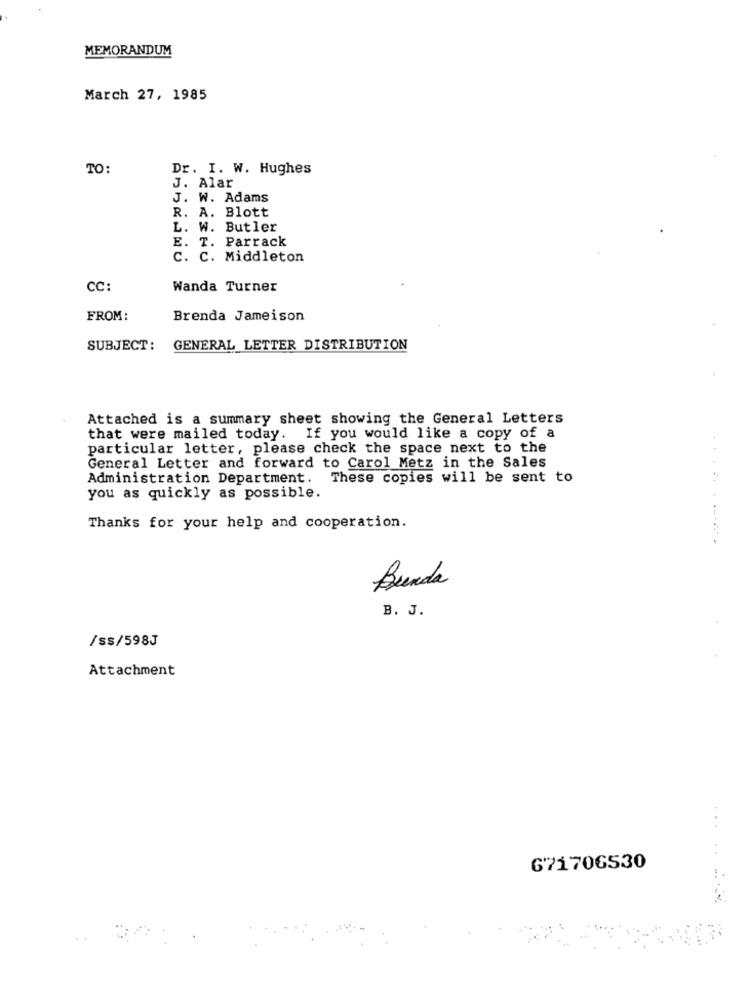
MEMORANDUM
March 27, 1985
TO:
Dr. I. W. Hughes
J. Alar
J. W. Adams
R. A. Blott
L. W. Butler
E. T. Parrack
c. C. Middleton
CC:
Wanda Turner
FROM:
Brenda Jameison
SUBJECT:
GENERAL LETTER DISTRIBUTION
Attached is a summary sheet showing the General Letters
that were mailed today. If you would like a copy of a
particular letter, please check the space next to the
General Letter and forward to Carol Metz in the Sales
Administration Department. These copies will be sent to
you as quickly as possible.
Thanks for your help and cooperation.
Bunda
B. J.
/ss/598J
Attachment
671706530